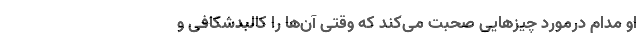
او مدام درمورد چیز‌هایی صحبت می‌کند که وقتی آن‌ها را کالبدشکافی و